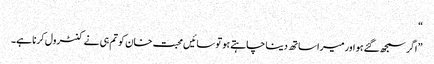
“
” اگر سمجھ گئے ہو اور میرا ساتھ دینا چاہتے ہو تو سائیں محبت خان کو تم ہی نے کنٹرول کرنا ہے۔